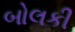
બોલકી